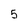
Character: 5